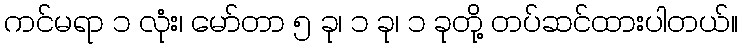
ကင်မရာ ၁ လုံး၊ မော်တာ ၅ ခု၊ ၁ ခု၊ ၁ ခုတို့ တပ်ဆင်ထားပါတယ်။